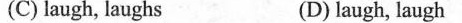
(C) laugh,laughs (D) laugh,laugh